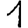
Digit: 1